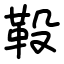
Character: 䩔